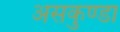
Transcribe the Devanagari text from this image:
असकुण्डा